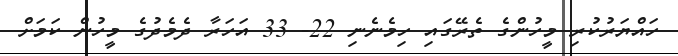
ހައްޔަރުކުރި މީހުންގެ ތެރޭގައި ހިމެނެނި 22- 33 އަހަރާ ދެމެދުގެ މީހުން ކަމަށް